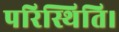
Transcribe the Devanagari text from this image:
परिस्थिति।